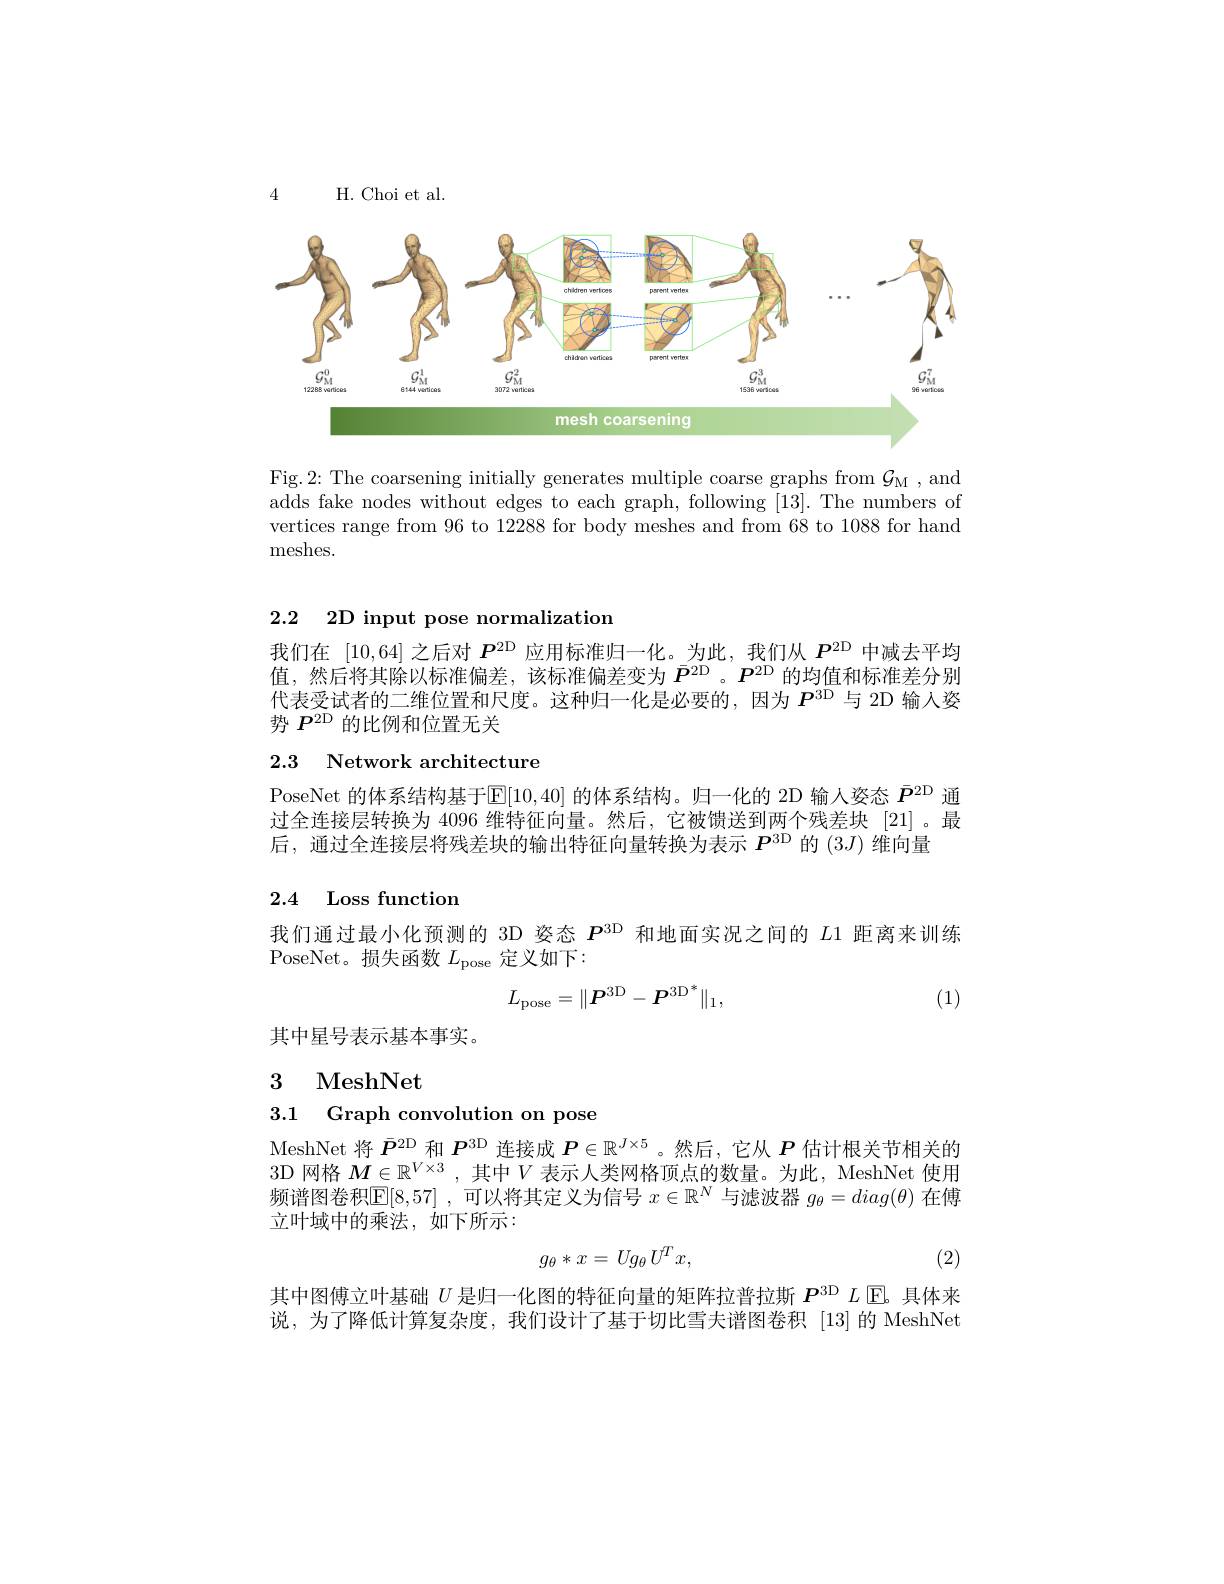
4

H. Choi et al

<FigureHere>

Fig.2: The coarsening initially generates multiple coarse graphs from $\mathcal{G}_\mathrm{M}$, and adds fake nodes without edges to each graph, following [13]. The numbers of vertices range from 96 to 12288 for body meshes and from 68 to 1088 for hand meshes.

2.2 2D input pose normalization

我们在[10,64]之后对$P^\mathrm{2D}$应用标准归一化。为此，我们从$P^\mathrm{2D}$中减去平均值，然后将其除以标准偏差，该标准偏差变为$\bar{P}^{2\mathrm{D}}$ 。$\boldsymbol{P}^{2\mathrm{D}}$的均值和标准差分别代表受试者的二维位置和尺度。这种归一化是必要的，因为$P^\mathrm{3D}$与 2D 输人姿势$P^\mathrm{2D}$的比例和位置无关

## 2.3 Network architecture

PoseNet 的体系结构基于$\operatorname{E}[10,40]$的体系结构。归一化的 2D 输人姿态$\bar{P}^{2\mathrm{D}}$通过全连接层转换为 4096 维特征向量。然后，它被馈送到两个残差块 [21]。最后，通过全连接层将残差块的输出特征向量转换为表示$P^{3\mathrm{D}}$的 (3$J)$维向量

## 2.4 Loss function

我们通过最小化预测的 3D 姿态$P^\mathrm{3D}$和地面实况之间的$L$1 距离来训练
PoseNet。损失函数 $L_\mathrm{pose}$ 定义如下：
$$L_{\mathrm{pose}}=\|\boldsymbol{P}^{3\mathrm{D}}-\boldsymbol{P}^{3\mathrm{D}^*}\|_1,$$
(1)

其中星号表示基本事实。

## 3 MeshNet

3.1 Graph convolution on pose

MeshNet 将$\bar{P}^{2\mathrm{D}}$和$P^{3\mathrm{D}}$连接成$P\in\mathbb{R}^J\times5$ 。然后，它从$P$估计根关节相关的3D 网格$M\in\mathbb{R}^{V\times3}$ ,其中$V$表示人类网格顶点的数量。为此，MeshNet 使用频谱图卷积$\mathbb{E}[8,57]$ ,可以将其定义为信号$x\in\mathbb{R}^N$与滤波器$g_\theta=diag(\theta)$在傅立叶域中的乘法，如下所示：
$$g_\theta*x=Ug_\theta\:U^Tx,$$
(2)

其中图傅立叶基础$U$是归一化图的特征向量的矩阵拉普拉斯$P^\mathrm{3D}L$ [E。具体来说，为了降低计算复杂度，我们设计了基于切比雪夫谱图卷积 [13]的 MeshNet